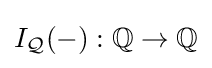
I_{\mathcal {Q}}(-):\mathbb {Q} \to \mathbb {Q}